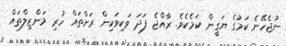
ނުޖެހޭނެ ކަމުގެ ޔަގީން ކަމެކެވެ. ރާއްޖެ ފަދަ ވަކިވަކިން ރަށްތައް ހުރި މަންޒިލްތައް